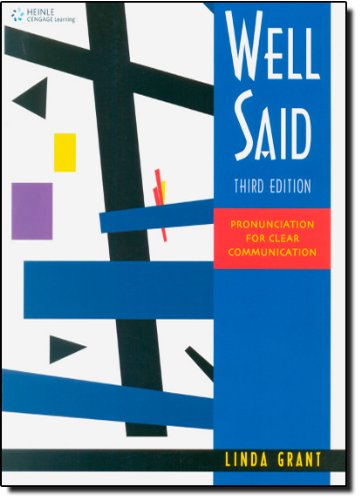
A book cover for Well Said: Pronunciation for Clear Communication; Linda Grant; Politics & Social Sciences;